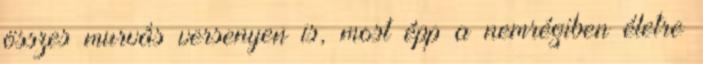
összes murvás versenyen is, most épp a nemrégiben életre